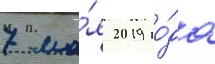
7 ма́я 2019 го́да